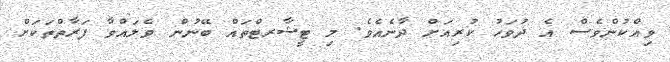
ވިއްކުންވެސް އެ ދުވަހު ކުރިއަށް ދާނެއެވެ. މި ޓީޝާރޓްތައް ބޭނުން ވެލައްވާ ފަރާތްތަކަށް